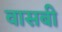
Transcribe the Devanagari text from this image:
वासबी